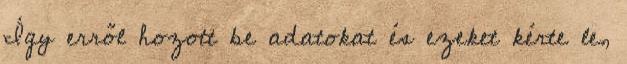
Így erről hozott be adatokat és ezeket kérte le,